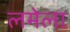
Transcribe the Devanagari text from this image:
लमेला